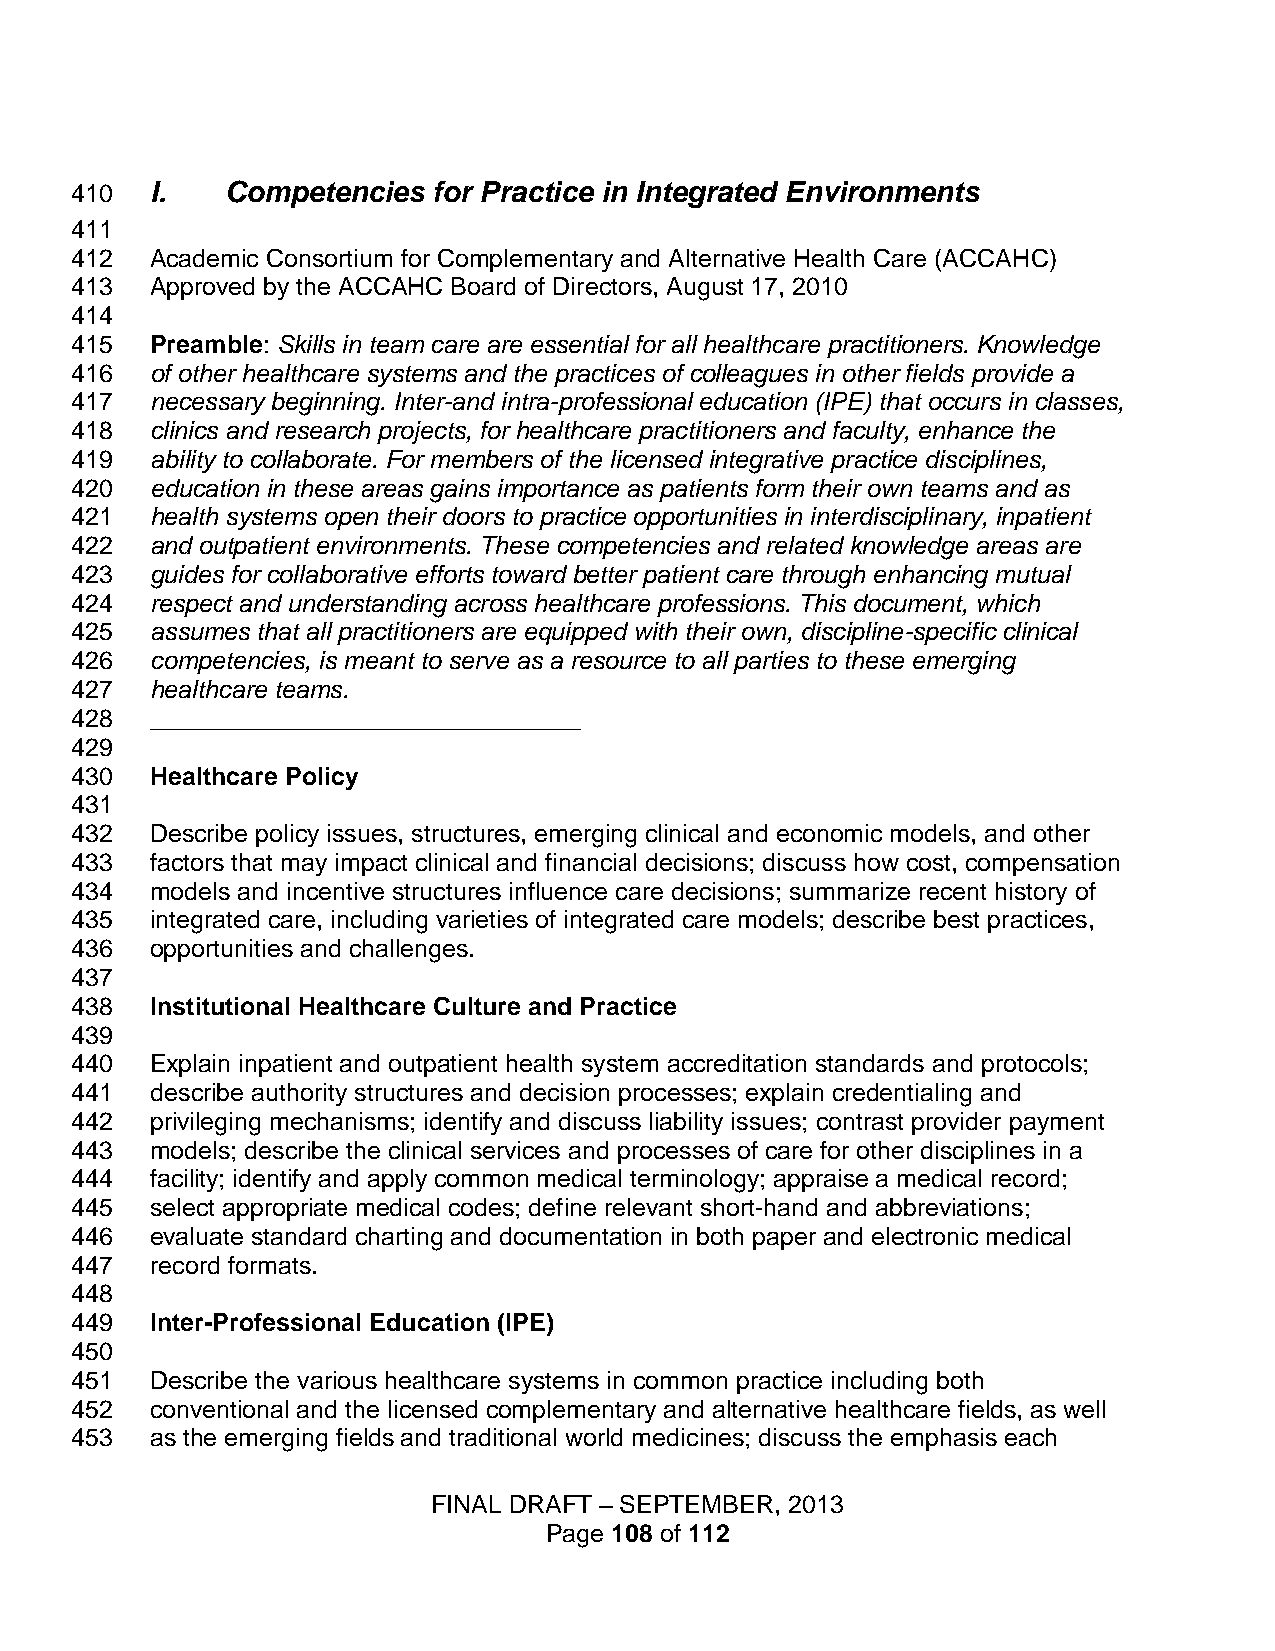
410  I.   Competencies  for Practice in Integrated Environments
 411
 412  Academic Consortium for Complementary and Alternative Health Care (ACCAHC)
 413  Approved by the ACCAHC Board of Directors, August 17, 2010
 414
 415  Preamble: Skills in team care are essential for all healthcare practitioners. Knowledge
 416  of other healthcare systems and the practices of colleagues in other fields provide a
 417  necessary beginning. Inter-and intra-professional education (IPE) that occurs in classes,
 418  clinics and research projects, for healthcare practitioners and faculty, enhance the
 419  ability to collaborate. For members of the licensed integrative practice disciplines,
 420  education in these areas gains importance as patients form their own teams and as
 421  health systems open their doors to practice opportunities in interdisciplinary, inpatient
 422  and outpatient environments. These competencies and related knowledge areas are
 423  guides for collaborative efforts toward better patient care through enhancing mutual
 424  respect and understanding across healthcare professions. This document, which
 425  assumes that all practitioners are equipped with their own, discipline-specific clinical
 426  competencies, is meant to serve as a resource to all parties to these emerging
 427  healthcare teams.
 428  _______________________________
 429
 430  Healthcare Policy
 431
 432  Describe policy issues, structures, emerging clinical and economic models, and other
 433  factors that may impact clinical and financial decisions; discuss how cost, compensation
 434  models and incentive structures influence care decisions; summarize recent history of
 435  integrated care, including varieties of integrated care models; describe best practices,
 436  opportunities and challenges.
 437
 438  Institutional Healthcare Culture and Practice
 439
 440  Explain inpatient and outpatient health system accreditation standards and protocols;
 441  describe authority structures and decision processes; explain credentialing and
 442  privileging mechanisms; identify and discuss liability issues; contrast provider payment
 443  models; describe the clinical services and processes of care for other disciplines in a
 444  facility; identify and apply common medical terminology; appraise a medical record;
 445  select appropriate medical codes; define relevant short-hand and abbreviations;
 446  evaluate standard charting and documentation in both paper and electronic medical
 447  record formats.
 448
 449  Inter-Professional Education (IPE)
 450
 451  Describe the various healthcare systems in common practice including both
 452  conventional and the licensed complementary and alternative healthcare fields, as well
 453  as the emerging fields and traditional world medicines; discuss the emphasis each
 FINAL DRAFT – SEPTEMBER, 2013
 Page 108 of 112